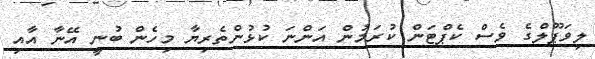
ލިވަޕޫލްގެ ވެސް ކެޕްޓަން ކުރަމުން އަންނަ ކުޅުންތެރިޔާ މިހެން ބުނީ އޭނާ އާއި